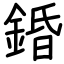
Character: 錉